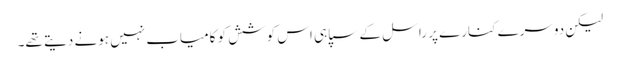
لیکن دوسرے کنارے پر راسل کے سپاہی اس کوشش کو کامیاب نہیں ہونے دیتے تھے۔